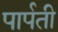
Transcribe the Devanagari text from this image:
पार्पती